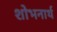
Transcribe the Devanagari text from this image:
शोभनार्थ